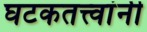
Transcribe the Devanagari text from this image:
घटकतत्त्वांनी